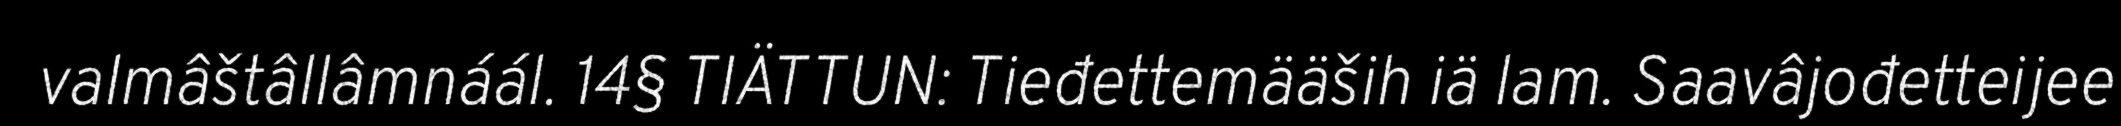
valmâštâllâmnáál. 14§ TIÄTTUN: Tieđettemääših iä lam. Saavâjođetteijee